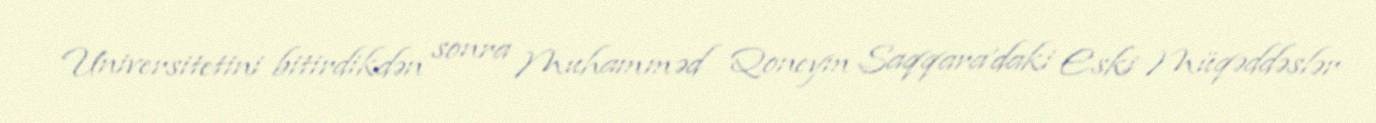
Universitetini bitirdikdən sonra Muhamməd Qoneym Saqqara'daki Eski Müqəddəslər